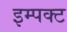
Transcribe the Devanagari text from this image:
इम्पक्ट